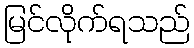
မြင်လိုက်ရသည်